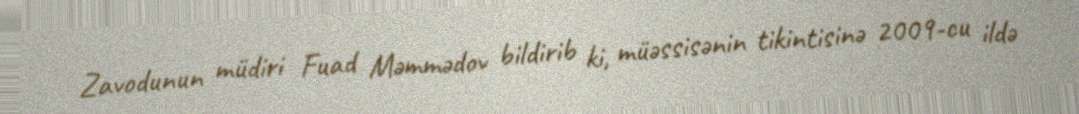
Zavodunun müdiri Fuad Məmmədov bildirib ki, müəssisənin tikintisinə 2009-cu ildə